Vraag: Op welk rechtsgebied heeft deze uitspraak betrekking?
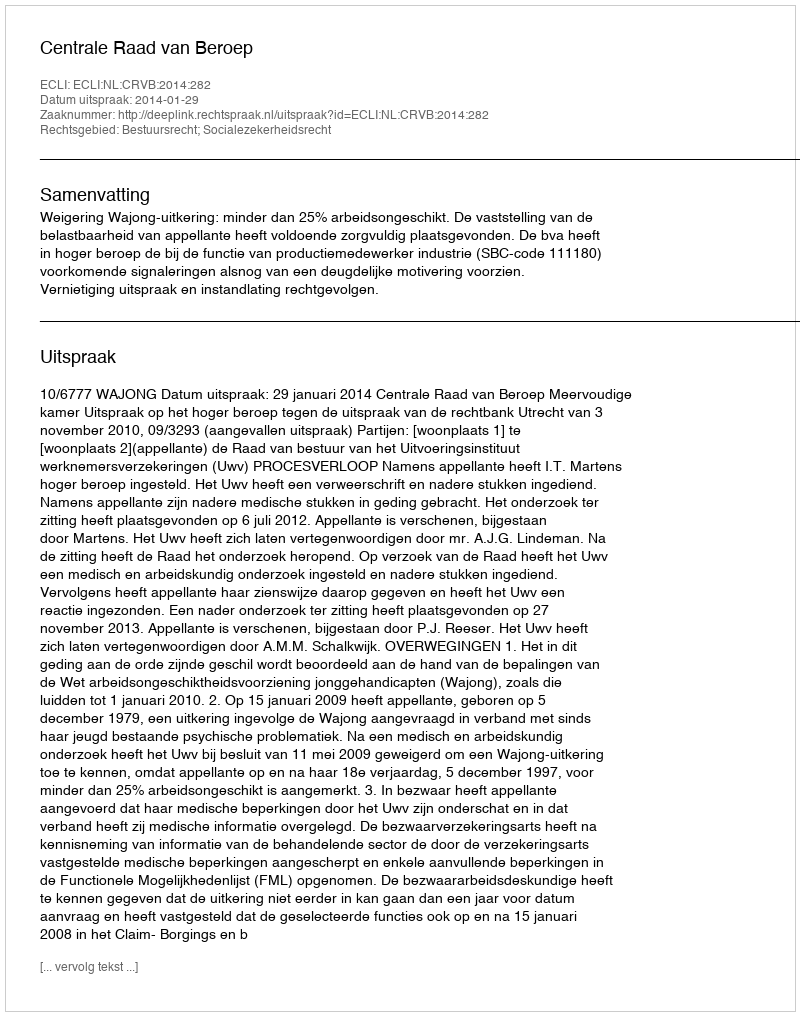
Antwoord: Bestuursrecht; Socialezekerheidsrecht